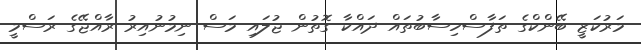
މަރުކަޒީ ބޭންކްގެ ތަފާސްހިސާބުތައް ދައްކާ ގޮތުން ޖުލައި މަސް ނިމުނުއިރު ރާއްޖޭގެ ރަސްމީ